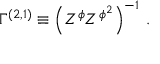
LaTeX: { \Gamma } ^ { ( 2 , 1 ) } \equiv \left( Z ^ { \phi } Z ^ { \phi ^ { 2 } } \right) ^ { - 1 } \, .